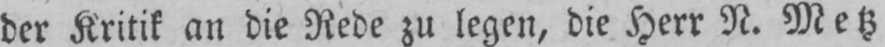
der Kritik an die Rede zu legen, die Herr N. Metz